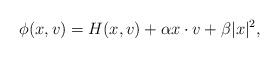
LaTeX: \begin{align*}\phi (x,v) = H(x,v) + \alpha x \cdot v + \beta |x|^2,\end{align*}